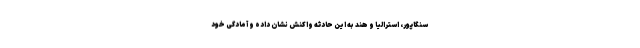
سنگاپور، استرالیا و هند به این حادثه واکنش نشان داده و آمادگی خود